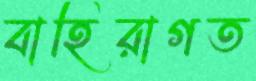
বাহিরাগত